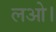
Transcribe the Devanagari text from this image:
लओ।